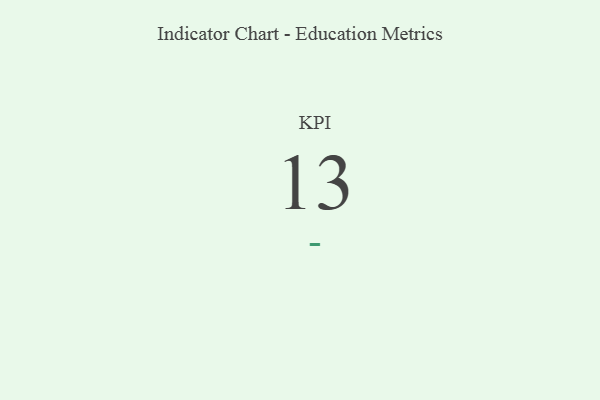
{"axis": {"x": "KPI", "y": "Value"}, "legend": [""], "data": [{"x": "KPI", "y": 13, "type": ""}]}